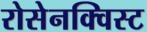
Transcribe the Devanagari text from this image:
रोसेनक्विस्ट